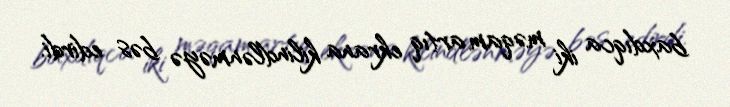
baxdıqca iki məqam artıq ekrana kilindlənməyə bəs edirdi.